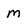
Character: m